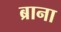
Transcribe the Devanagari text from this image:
ब्राना